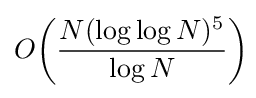
O\!\left({\frac {N(\log \log N)^{5}}{\log N}}\right)\;\!\!\!